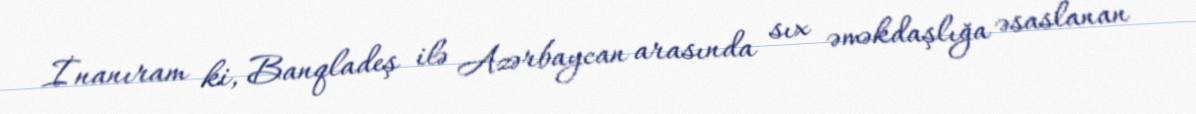
İnanıram ki, Banqladeş ilə Azərbaycan arasında sıx əməkdaşlığa əsaslanan